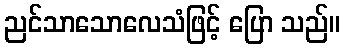
ညင်သာသောလေသံဖြင့် ပြော သည်။